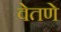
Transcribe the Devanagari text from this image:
वेतणे